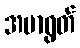
အမာရွတ်